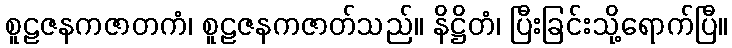
စူဠဇနကဇာတကံ၊ စူဠဇနကဇာတ်သည်။ နိဋ္ဌိတံ၊ ပြီးခြင်းသို့ရောက်ပြီ။